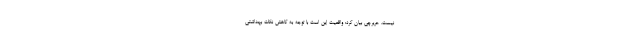
نیست. حریرچی بیان کرد: واقعیت این است با توجه به کاهش نکات بهداشتی